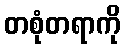
တစုံတရာကို